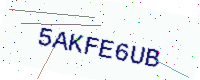
Text: 5AKFE6UB